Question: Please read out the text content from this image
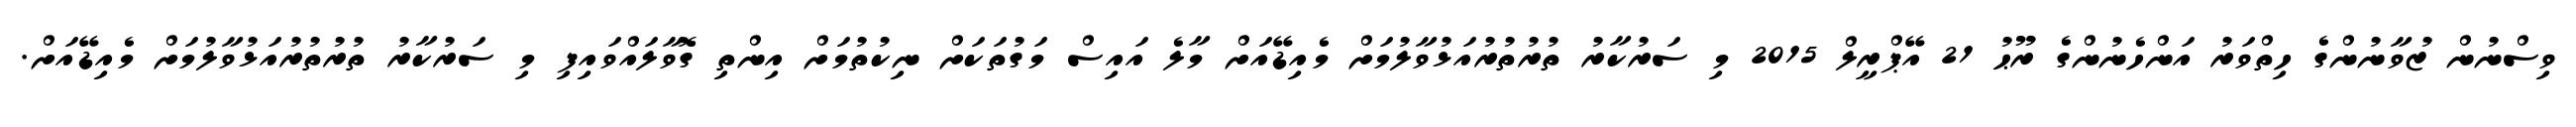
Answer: ވިސްނުން ޒުވާނުންގެ ހިތްވަރު އަންހެނުންގެ ރޫޙު 21 އޭޕްރީލް 2015 މި ސަރުކާރު ތުރުތުރުއަޅުވާލުމަށް މެއިޑޭއަށް މާލެ އައިސް މަގުތަކަށް ނިކުތުމަށް އިންތި ގޮވާލައްވައިފި މި ސަރުކާރު ތުރުތުރުއަޅުވާލުމަށް މެއިޑޭއަށް.